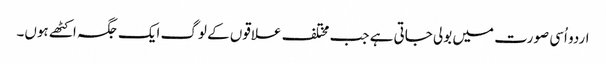
اردو اُسی صورت میں بولی جاتی ہے جب مختلف علاقوں کے لوگ ایک جگہ اکٹھے ہوں۔